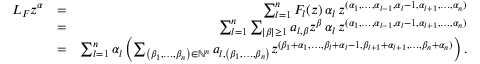
\begin{array} { r l r } { L _ { F } z ^ { \alpha } } & { = } & { \sum _ { l = 1 } ^ { n } F _ { l } ( z ) \, \alpha _ { l } \, z ^ { ( \alpha _ { 1 } , \dots , \alpha _ { l - 1 } , \alpha _ { l } - 1 , \alpha _ { l + 1 } , \dots , \alpha _ { n } ) } } \\ & { = } & { \sum _ { l = 1 } ^ { n } \sum _ { \vert \beta \vert \geq 1 } a _ { l , \beta } z ^ { \beta } \, \alpha _ { l } \, z ^ { ( \alpha _ { 1 } , \dots , \alpha _ { l - 1 } , \alpha _ { l } - 1 , \alpha _ { l + 1 } , \dots , \alpha _ { n } ) } } \\ & { = } & { \sum _ { l = 1 } ^ { n } \alpha _ { l } \left( \sum _ { \left( \beta _ { 1 } , \dots , \beta _ { n } \right) \in \mathbb { N } ^ { n } } a _ { l , \left( \beta _ { 1 } , \dots , \beta _ { n } \right) } z ^ { ( \beta _ { 1 } + \alpha _ { 1 } , \dots , \beta _ { l } + \alpha _ { l } - 1 , \beta _ { l + 1 } + \alpha _ { l + 1 } , \dots , \beta _ { n } + \alpha _ { n } ) } \right) . } \end{array}